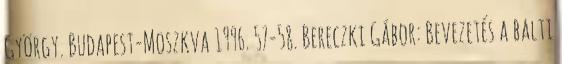
György. Budapest-Moszkva 1996. 57-58. Bereczki Gábor: Bevezetés a balti